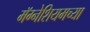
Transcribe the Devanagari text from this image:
मॅग्नेशियमच्या